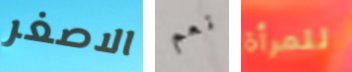
الاصغر نعم للمرأة